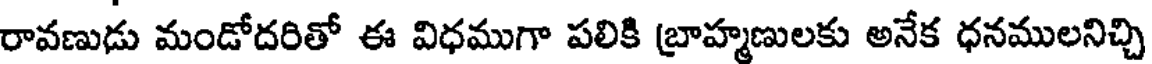
రావణుడు మండోదరితో ఈ విధముగా పలికి బ్రాహ్మణులకు అనేక ధనములనిచ్చి